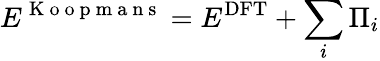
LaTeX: E^{\mathrm{~K~o~o~p~m~a~n~s~}}=E^{\mathrm{DFT}}+\sum_{i}\Pi_{i}